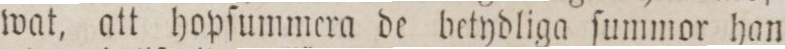
wat, att hopſummera de betydliga ſummor han